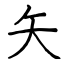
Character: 矢